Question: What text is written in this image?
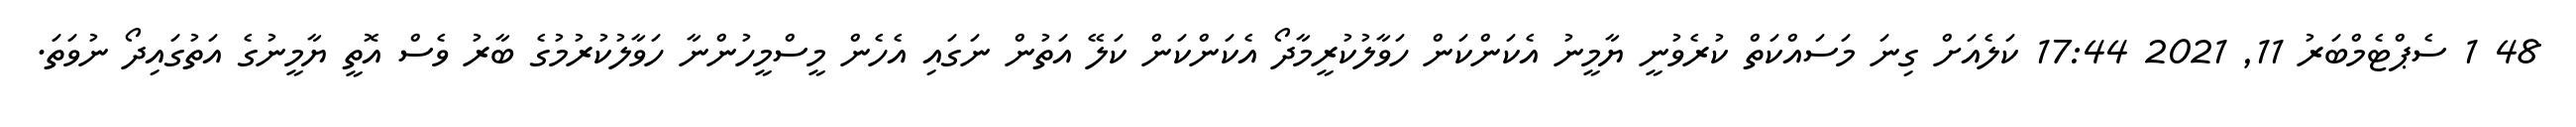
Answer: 48 1 ސެޕްޓެމްބަރު 11, 2021 17:44 ކަލެއަށް ގިނަ މަސައްކަތް ކުރެވުނީ ޔާމީނު އެކަންކަން ހަވާލުކުރީމާދޯ އެކަންކަން ކަލޭ އަތުން ނަގައި އެހެން މީސްމީހުންނާ ހަވާލުކުރުމުގެ ބާރު ވެސް އޮތީ ޔާމީނުގެ އަތުގައިދޯ ނުވަތަ.